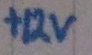
Text: +12V